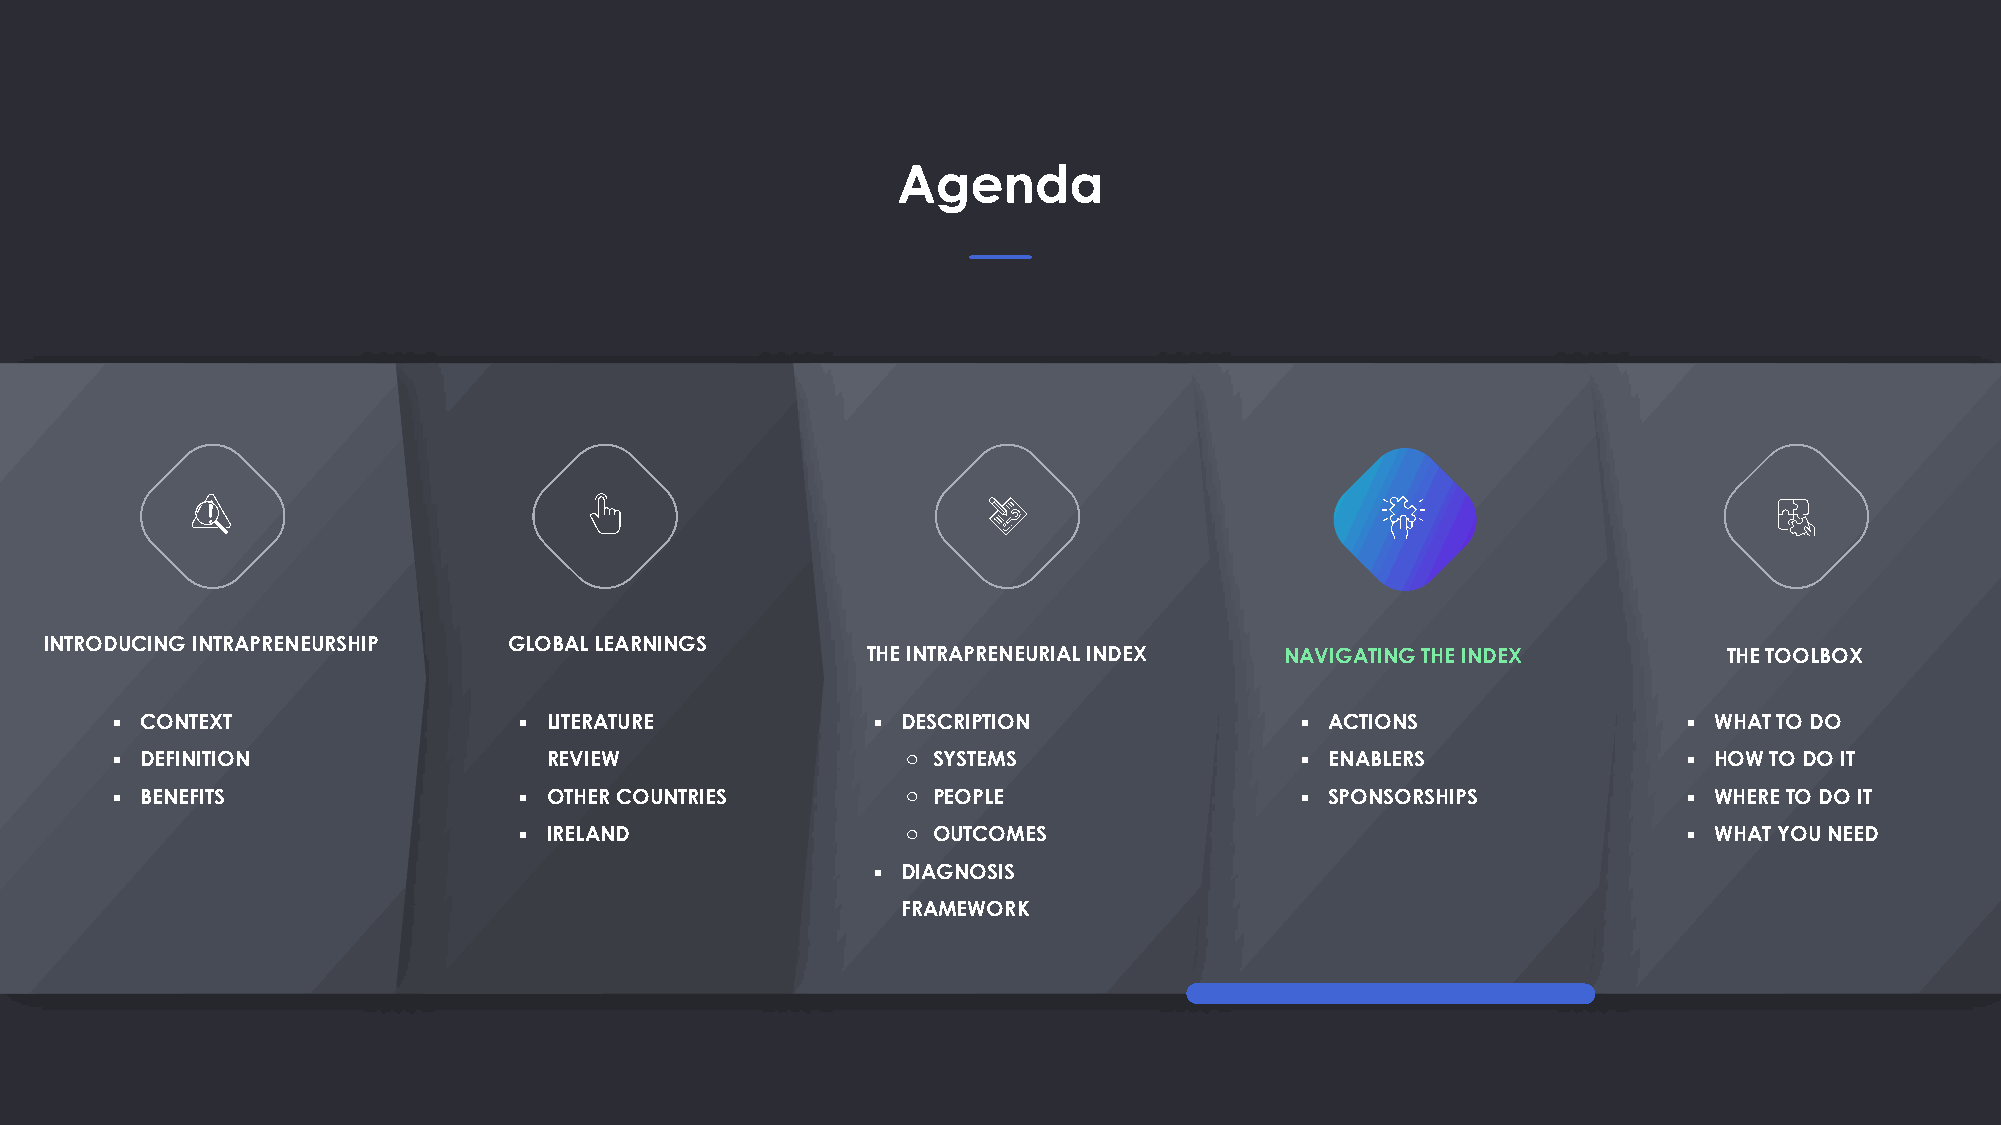
Agenda
 INTRODUCING INTRAPRENEURSHIP   GLOBAL LEARNINGS
 THE INTRAPRENEURIAL INDEX   NAVIGATING THE INDEX         THE TOOLBOX
 ▪ CONTEXT                  ▪ LITERATURE            ▪ DESCRIPTION               ▪ ACTIONS                 ▪ WHAT TO DO
 ▪ DEFINITION                 REVIEW                  o SYSTEMS                 ▪ ENABLERS                ▪ HOW TO DO IT
 ▪ BENEFITS                 ▪ OTHER COUNTRIES         o PEOPLE                  ▪ SPONSORSHIPS            ▪ WHERE TO DO IT
 ▪ IRELAND                 o OUTCOMES                                          ▪ WHAT YOU NEED
 ▪ DIAGNOSIS
 FRAMEWORK